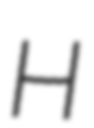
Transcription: H